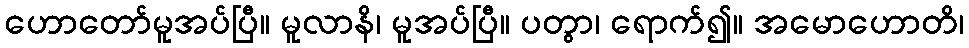
ဟောတော်မူအပ်ပြီ။ မူလာနိ၊ မူအပ်ပြီ။ ပတွာ၊ ရောက်၍။ အမောဟောတိ၊